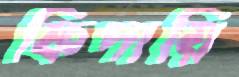
ফিদায়ি